Report on horse surra - Volume II, Part I
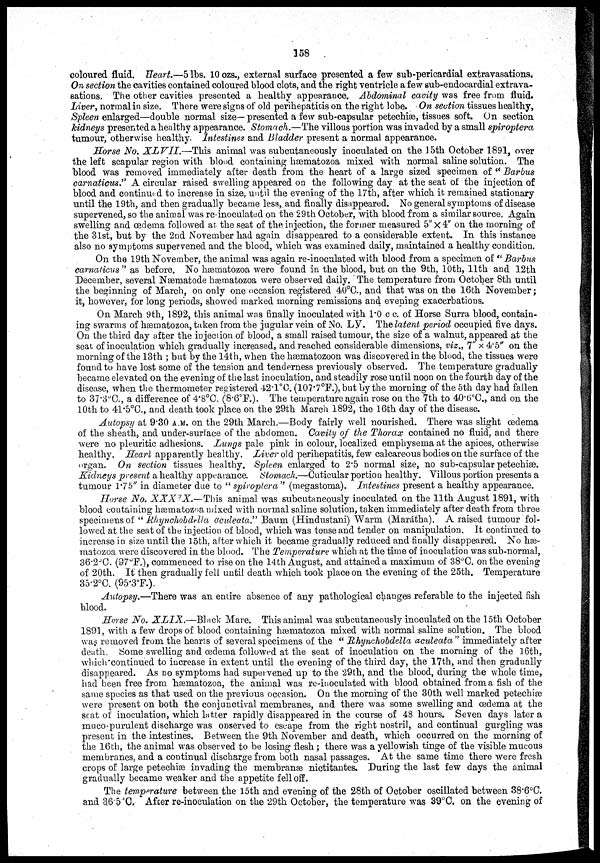
158
coloured fluid. Heart—5 lbs. 10 ozs., external surface presented a few sub-pericardial extravasations.
On section the cavities contained coloured blood clots, and the right ventricle a few sub-endocardial extrava-
sations. The other cavities presented a healthy appearance. Abdominal cavity was free from fluid.
Liver, normal in size. There were signs of old perihepatitis on the right lobe. On section tissues healthy,
Spleen enlarged—double normal size— presented a few sub-capsular petechiæ, tissues soft. On section
kidneys presented a healthy appearance. Stomach.—The villous portion was invaded by a small spiroptera
tumour, otherwise healthy. Intestines and Bladder present a normal appearance.
Morse No. XL VII.—This animal was subcutaneously inoculated on the 15th October 1891, over
the left scapular region with blood containing hæmatozoa mixed with normal saline solution. The
blood was removed immediately after death from the heart of a large sized specimen of " Barbus
carnations." A circular raised swelling appeared on the following day at the seat of the injection of
blood and continued to increase in size, until the evening of the 17th, after which it remained stationary
until the 19th, and then gradually became less, and finally disappeared. No general symptoms of disease
supervened, so the animal was re-inoculated on the 29th October, with blood from a similar source. Again
swelling and oedema followed at the seat of the injection, the former measured 5" × 4" on the morning of
the 31st, but by the 2nd November had again disappeared to a considerable extent. In this instance
also no symptoms supervened and the blood, which was examined daily, maintained a healthy condition.
On the 19th November, the animal was again re-inoculated with blood from a specimen of " Barbus
camaticus " as before. No hæmatozoa were found in the blood, but on the 9th, 10th, 11th and 12th
December, several Næmatode hæmatozoa were observed daily. The tempeiature from October 8th until
the beginning of March, on only one occasion registered 40°C, and that was on the 16th November;
it, however, for long periods, showed marked morning remissions and evening exacerbations.
On March 9th, 1892, this animal was finally inoculated with 1.0 c c. of Horse Surra blood, contain-
ing swarms of hæmatozoa, taken i'rom the jugular vein of No. LV. The latent period occupied five days.
On the third day after the injection of blood, a small raised tumour, the size of a walnut, appeared at the
seat of inoculation which gradually increased, and reached considerable dimensions, viz., 7" × 4. 5" on the
morning of the 13th ; but by the 14th, when the hæmatozoon was discovered in the blood, the tissues were
found to have lost some of the tension and tenderness previously observed. The temperature gradually
became elevated on the evening of the last inoculation, and steadily rose until noon on the fourth day of the
disease, when the thermometer registered 42.1°C. (107.7°F.), but by the morning of the 5th day had fallen
to 37.3°C, a difference of 4.8°C. (8.6°F.). The temperature again rose on the 7th to 40.6°C., and on the
10th to 41.5°C., and death took place on the 29th March 1892, the 16th day of the disease.
Autopsy at 9.30 A.M. on the 29th March.—Body fairly well nourished. There was slight œdema
of the sheath, and under-surface of the abdomen. Cavity of the Thorax contained no fluid, and there
were no pleuritic adhesions. Lungs pale pink in colour, localized emphysema at the apices, otherwise
healthy. Heart apparently healthy. Liver old perihepatitis, few calcareous bodies on the surface of the
organ. On section tissues healthy. Spleen enlarged to 2.5 normal size, no sub-capsular petechiæ
Kidneys present a healthy appearance. Stomach.—Cuticular portion healthy. Villous portion presents a
tumour 1.75" in diameter due to " spiroptera " (megastoma). Intestines present a healthy appearance.
Horse No. .XXXIX—This animal was subcutaneously inoculated on the 11th August 1891, with
blood containing hæmatozoa mixed with normal saline solution, taken immediately after death from three
specimens of " Rhynchobdella acideata." Baum (Hindustani) Warm (Marátha). A raised tumour fol-
lowed at the seat of the injection of blood, which was tense and tender on manipulation. It continued to
increase in size until the 15th, after which it became gradually reduced and finally disappeared. No h--
matozoa were discovered in the blood. The Temperature which at the time of inoculation was sub-normal,
36.2°C. (97°F.), commenced to rise on the 14th August, and attained a maximum of 38°C. on the evening
of 20th. It then gradually fell until death which took place on the evening of the 25th. Temperature
35.2°C. (95.3°F.).
Autopsy.—There was an entire absence of any pathological changes referable to the injected fish
blood.
Horse No. XLIX.—Black Mare. This animal was subcutaneously inoculated on the 15th October
1891, with a few drops of blood containing hæmatozoa mixed with normal saline solution. The blood
was removed from the hearts of several specimens of the " Rhynchobdella aculeata " immediately after
death. Some swelling and œdema followed at the seat of inoculation on the morning of the 16th,
which continued to iucrease in extent until the evening of the third day, the 17th, and then gradually
disappeared. As no symptoms had supervened up to the 29th, and the blood, during the whole time,
had been free from hæmatozoa, the animal was re-inoculated with blood obtained from a fish of the
same species as that used on the previous occasion. On the morning of the 30th well marked petechiæ
were present on both the conjunctival membranes, and there was some swelling and œdema at the
seat of inoculation, which latter rapidly disappeared in the course of 48 hours. Seven days later a
muco-purulent discharge was observed to escape from the right nostril, and continual gurgling was
present in the intestines. Between the 9th November and death, which occurred on the morning of
the 16 th, the animal was observed to be losing flesh; there was a yellowish tinge of the visible mucous
membranes, and a continual discharge from both nasal passages. At the same time there were fresh
crops of large petechiæ invading the membranæ nietitantes. During the last few days the animal
gradually became weaker and the appetite fell off.
The tempprature between the 15th and evening of the 28th of October oscillated between 38.6°C.
and 3.6.5 °C. After re-inoculation on the 29th October, the temperature was 39°C. on the evening of